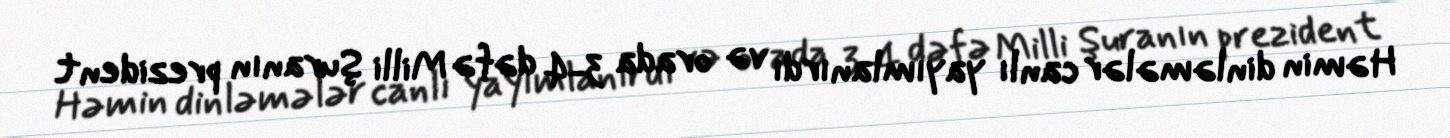
Həmin dinləmələr canlı yayımlanırdı və orada 3-4 dəfə Milli Şuranın prezident